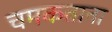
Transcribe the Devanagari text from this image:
चमकताना